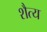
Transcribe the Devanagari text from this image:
शैत्य